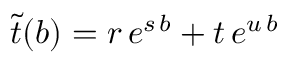
\tilde { t } ( b ) = r \, e ^ { s \, b } + t \, e ^ { u \, b }